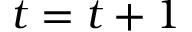
t = t + 1